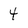
Character: 4